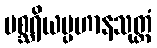
မစ္ဆရိယပ္ပဟာနသုတ္တံ